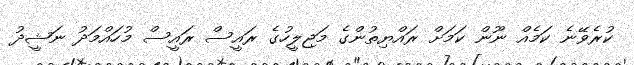
ކުރެވޭނެ ކަމެއް ނޫން ކަމަށް ރައްޔިތުންގެ މަޖިލީހުގެ ރައީސް ރައީސް މުހައްމަދު ނަޝީދު